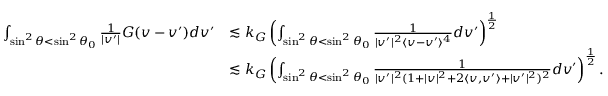
\begin{array} { r l } { \int _ { \sin ^ { 2 } \theta < \sin ^ { 2 } \theta _ { 0 } } \frac { 1 } { | v ^ { \prime } | } G ( v - v ^ { \prime } ) d v ^ { \prime } } & { \lesssim k _ { G } \left( \int _ { \sin ^ { 2 } \theta < \sin ^ { 2 } \theta _ { 0 } } \frac { 1 } { | v ^ { \prime } | ^ { 2 } \langle v - v ^ { \prime } \rangle ^ { 4 } } d v ^ { \prime } \right) ^ { \frac { 1 } { 2 } } } \\ & { \lesssim k _ { G } \left( \int _ { \sin ^ { 2 } \theta < \sin ^ { 2 } \theta _ { 0 } } \frac { 1 } { | v ^ { \prime } | ^ { 2 } ( 1 + | v | ^ { 2 } + 2 \langle v , v ^ { \prime } \rangle + | v ^ { \prime } | ^ { 2 } ) ^ { 2 } } d v ^ { \prime } \right) ^ { \frac { 1 } { 2 } } . } \end{array}